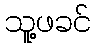
သူ့ဖခင်